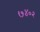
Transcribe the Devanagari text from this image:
७४०२